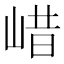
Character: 㟙